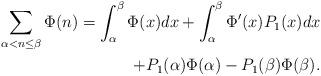
LaTeX: \begin{align*}\sum_{\alpha<n\leq\beta}\Phi(n)=\int_{\alpha}^\beta\Phi(x)dx +\int_{\alpha}^\beta\Phi'(x) P_1(x)dx \\+P_1(\alpha)\Phi(\alpha)-P_1(\beta)\Phi (\beta).\end{align*}